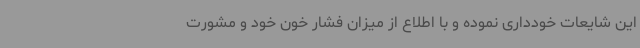
این شایعات خودداری نموده و با اطلاع از میزان فشار خون خود و مشورت